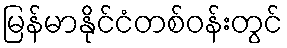
မြန်မာနိုင်ငံတစ်ဝန်းတွင်